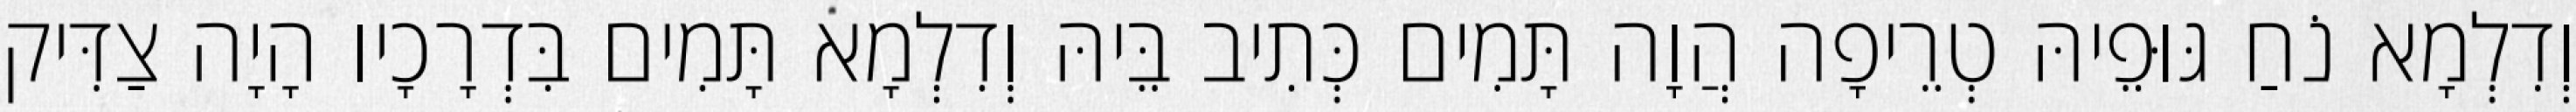
וְדִלְמָא נֹחַ גּוּפֵיהּ טְרֵיפָה הֲוָה תָּמִים כְּתִיב בֵּיהּ וְדִלְמָא תָּמִים בִּדְרָכָיו הָיָה צַדִּיק